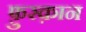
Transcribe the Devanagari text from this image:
फ़ुरक़ान